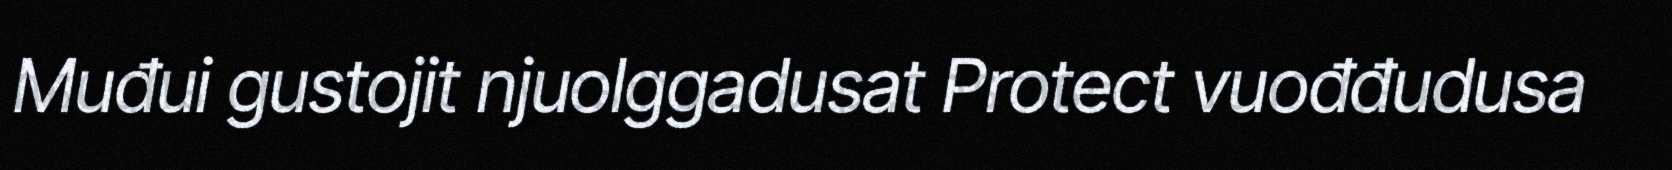
Muđui gustojit njuolggadusat Protect vuođđudusa